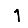
Digit: 1